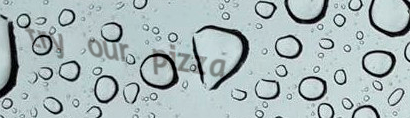
try our pizza